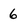
Character: 6